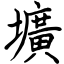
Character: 壙